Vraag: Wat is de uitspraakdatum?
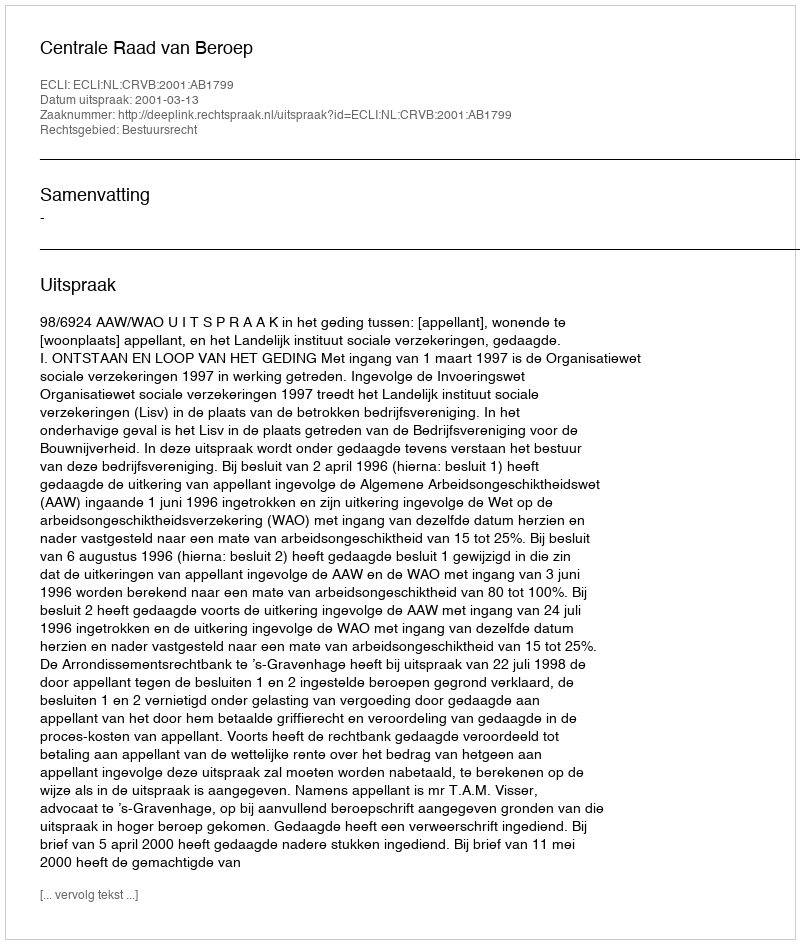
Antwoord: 2001-03-13